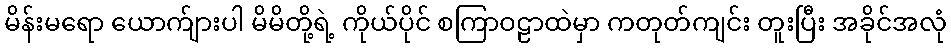
မိန်းမရော ယောက်ျားပါ မိမိတို့ရဲ့ ကိုယ်ပိုင် စကြာဝဠာထဲမှာ ကတုတ်ကျင်း တူးပြီး အခိုင်အလုံ